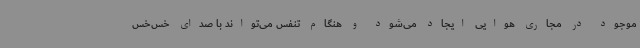
موجود در مجاری هوایی ایجاد می‌شود و هنگام تنفس می‌تواند با صدای خس‌خس